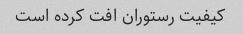
کیفیت رستوران افت کرده است